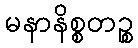
မနာနိစ္စတဉ္စ